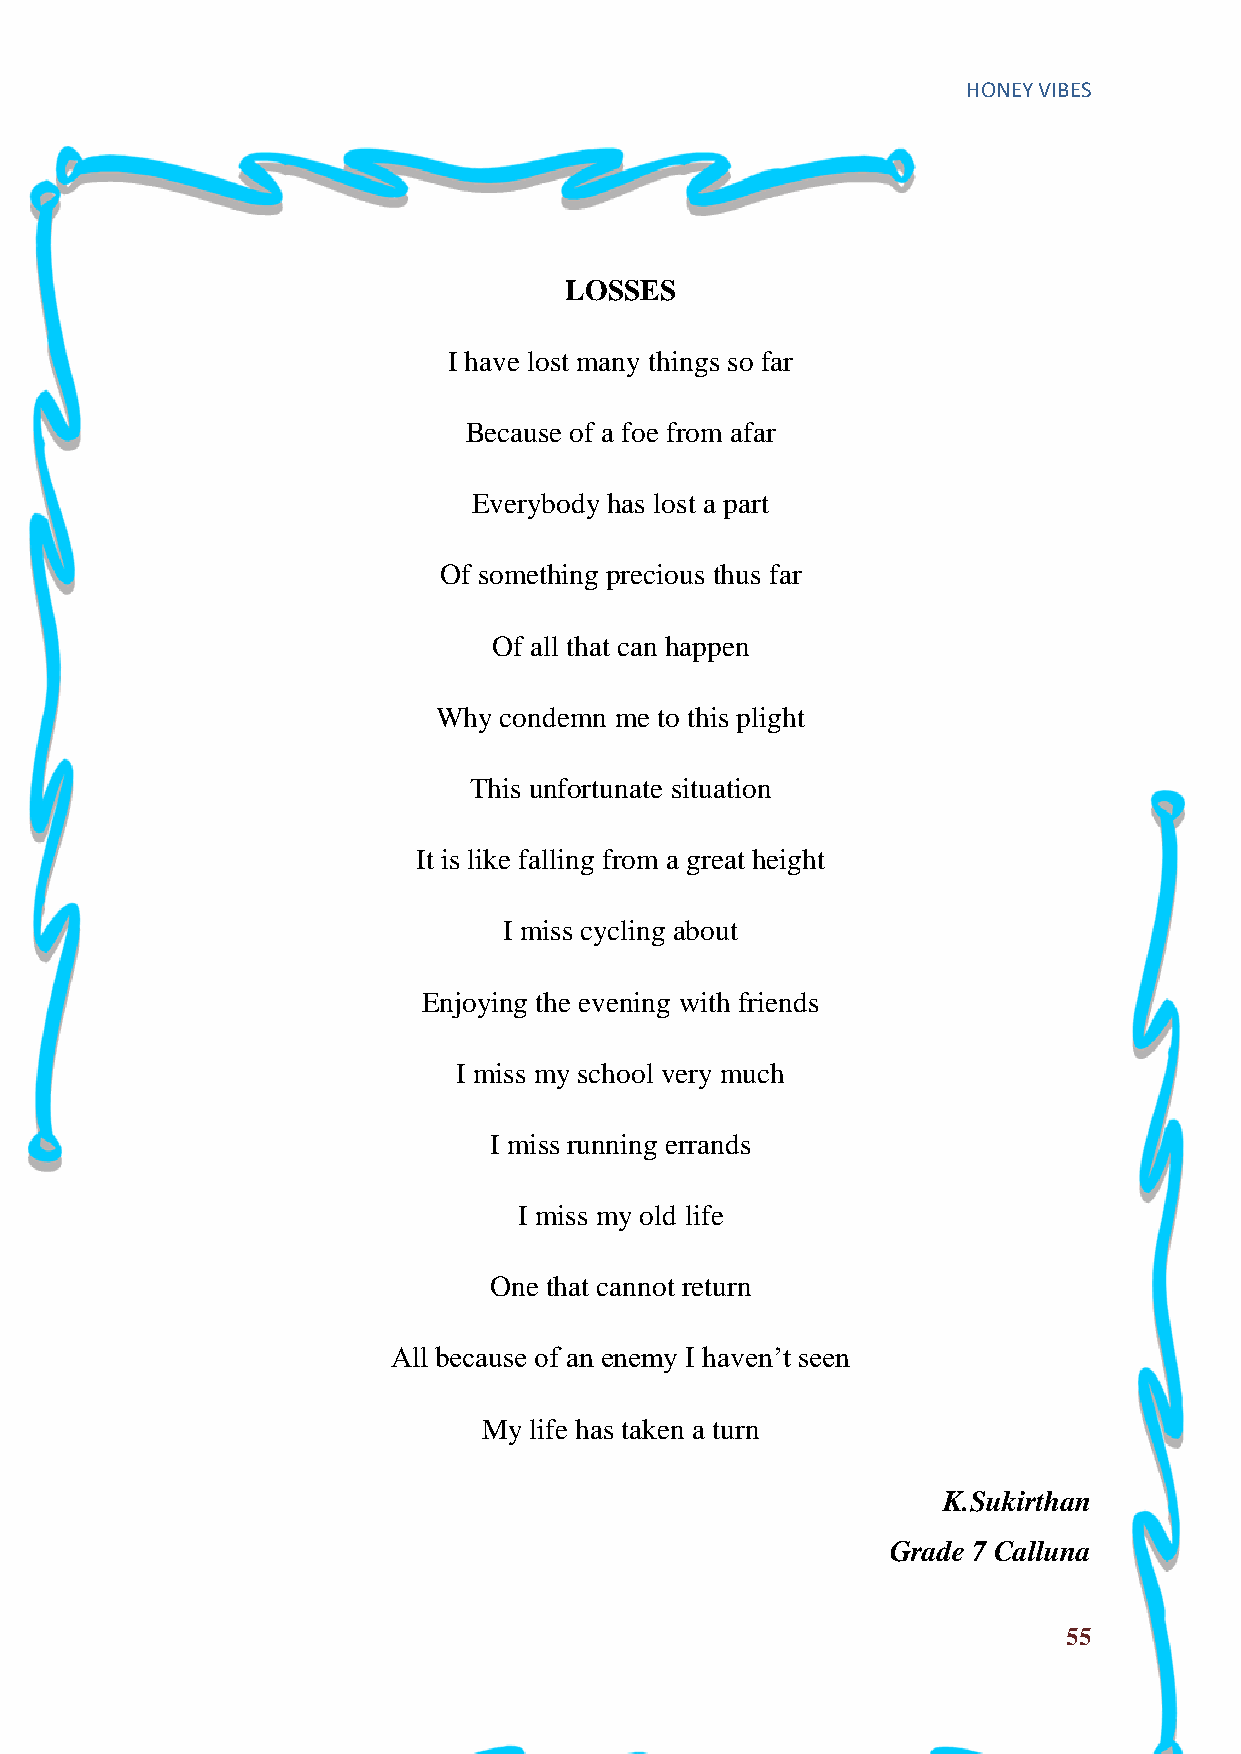
HONEY VIBES
 LOSSES
 I have lost many things so far
 Because of a foe from afar
 Everybody has lost a part
 Of something precious thus far
 Of all that can happen
 Why condemn me to this plight
 This unfortunate situation
 It is like falling from a great height
 I miss cycling about
 Enjoying the evening with friends
 I miss my school very much
 I miss running errands
 I miss my old life
 One that cannot return
 All because of an enemy I haven‟t seen
 My life has taken a turn
 K.Sukirthan
 Grade 7 Calluna
 55